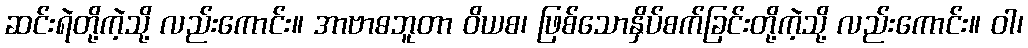
ဆင်းရဲတို့ကဲ့သို့ လည်းကောင်း။ အာဗာဓဘူတာ ဝိယစ၊ ဖြစ်သောနှိပ်စက်ခြင်းတို့ကဲ့သို့ လည်းကောင်း။ ဝါ၊